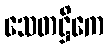
သေတဋ္ဌိကေ